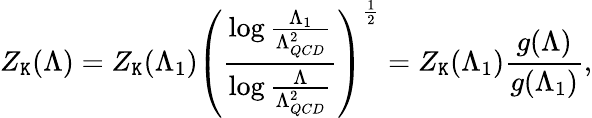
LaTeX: Z_{\mathtt{K}}(\Lambda)=Z_{\mathtt{K}}(\Lambda_{1})\left({\frac{{\log{\frac{{\Lambda_{1}}}{{\Lambda_{QCD}^{2}}}}}}{{\log{\frac{{\Lambda}}{{\Lambda_{QCD}^{2}}}}}}}\right)^{\frac{{1}}{{2}}}=Z_{\mathtt{K}}(\Lambda_{1}){\frac{{g(\Lambda)}}{{g(\Lambda_{1})}}},